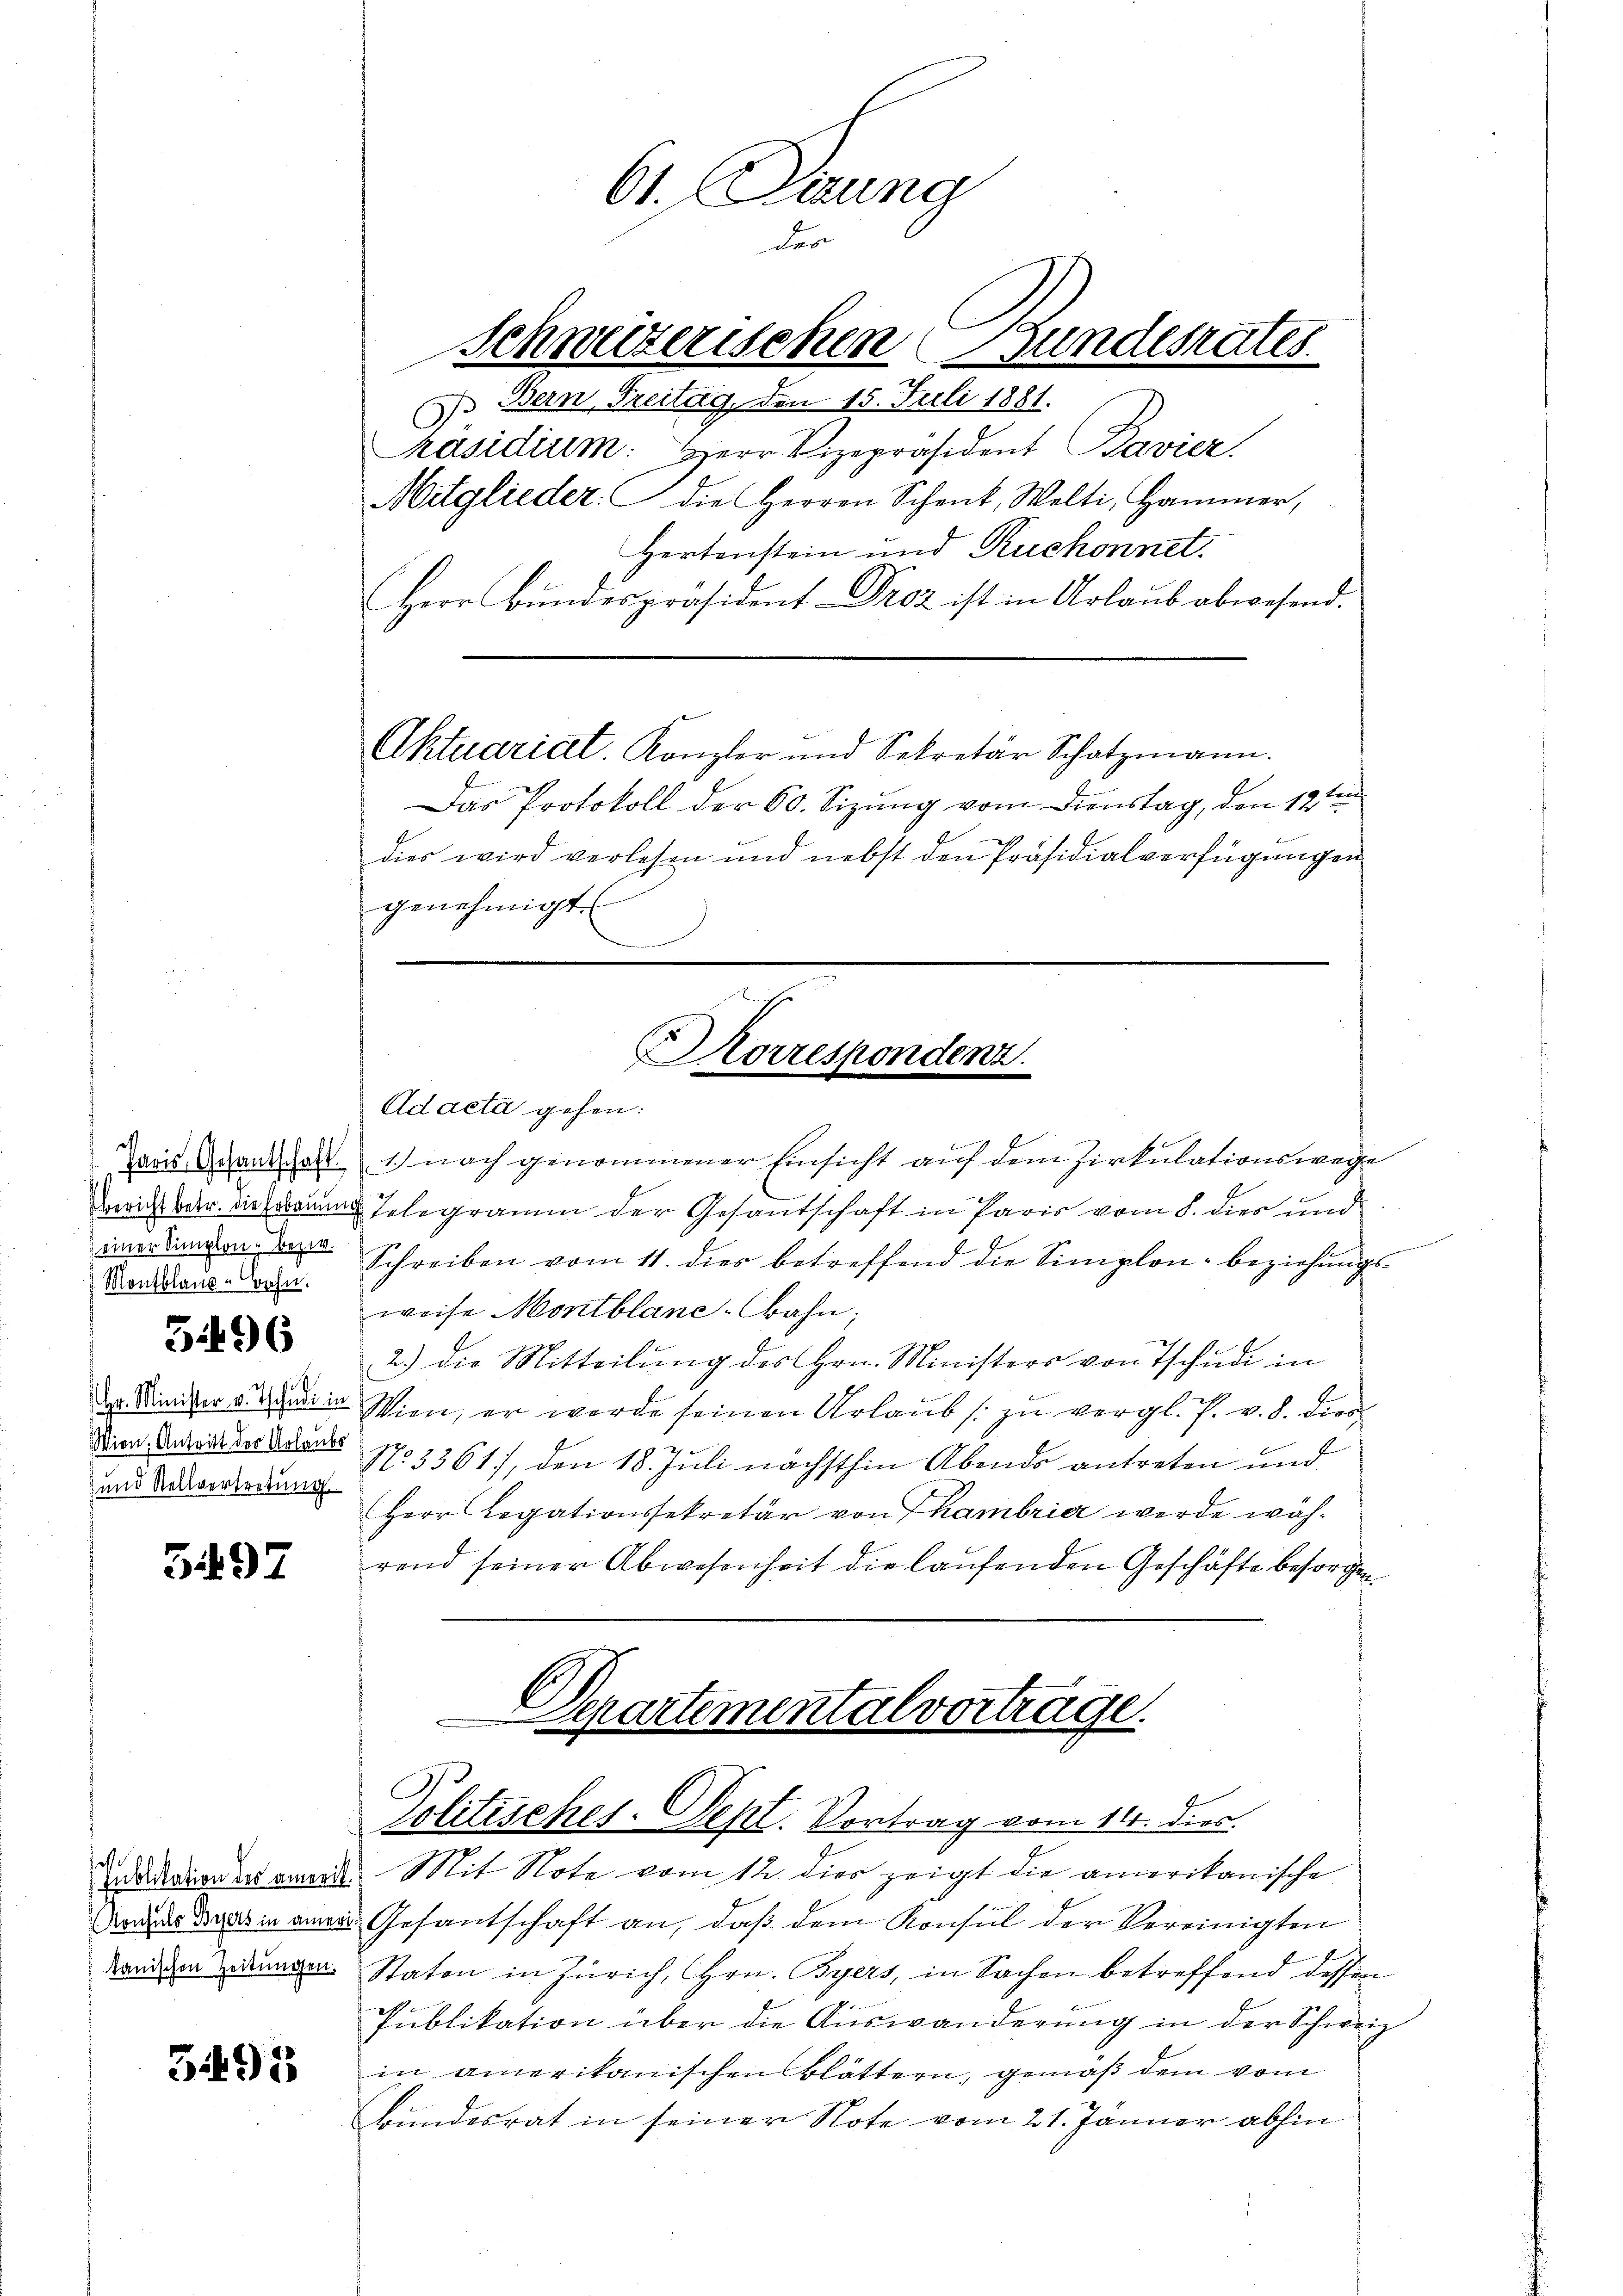
e
Montblaue Bahn.

3496

und Stellvertretung

5497

a

3495

61. Sitzung
der
Schweizerischen Bundesrates.
) Bern, Treitag, den 15. Juli 1881.

Präsidium. Herr Vizepräsident Bavier
Mitglieder: die Herren Schenk, Welti, Hammer,
Hertenstein und Ruchonnet.
Herr Bŭndespräsident Droz ist in Urlaub abwesend.

Das Protokoll der 60. Sizung vom Dienstag, den 12ten
dies wird verlesen und nebst den Präsidialverfügungen
genehmigt.

Aktuariat. Kanzler und Sekretär Schatzmann.

Korrespondenz.

Adacta gehen:
daris Gant pass.1) nach genommener Einsicht auf dem Zirkulationswege
Gericht betr. die nun Telegramm der Gesantschaft in Paris vom 8. dies und
imer anden Schreiben vom 11. dies betreffend die Simplon beziehungsweise Montblanc-Bahn;
2.) die Mitteilung des Hrn. Ministers von Tschudi in
der. Seiter an die Wien, er werde seinen Urlaub /: zu vergl. P. v. d. dies
Die Anweil der Dans No 3361), den 18. Juli nächsthin Abends antreten und
Herr Legationssekretär von hambrier werde während seiner Abwesenheit die laŭfenden Geschäfte besorgen

Derartementalvortrage.
Politisches. Sept. Vortrag vom 14. dies

adroneament. Mit Note vom 12. dies zeigt die amerikanische
Mauer das an Gesantschaft an, daß dem Konsul der Vereinigten
Kandien den Staten in Zürich, Hrn. Byers, in Sachen betreffend dessen
Publikation über die Auswanderŭng in der Schweiz
in amerikanischen Blättern, gemäß dem vom
Bundesrat in seiner Note vom 21. Jänner abhin